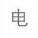
电